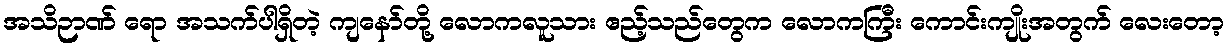
အသိဉာဏ် ရော အသက်ပါရှိတဲ့ ကျနော်တို့ လောကလူသား ဧည့်သည်တွေက လောကကြီး ကောင်းကျိုးအတွက် လေးတော့